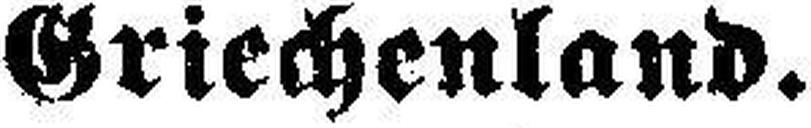
Griechenland.